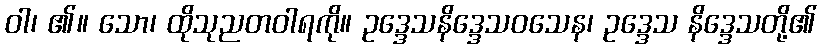
ဝါ၊ ၏။ သော၊ ထိုသုညတဝါရကို။ ဥဒ္ဒေသနိဒ္ဒေသဝသေန၊ ဥဒ္ဒေသ နိဒ္ဒေသတို့၏